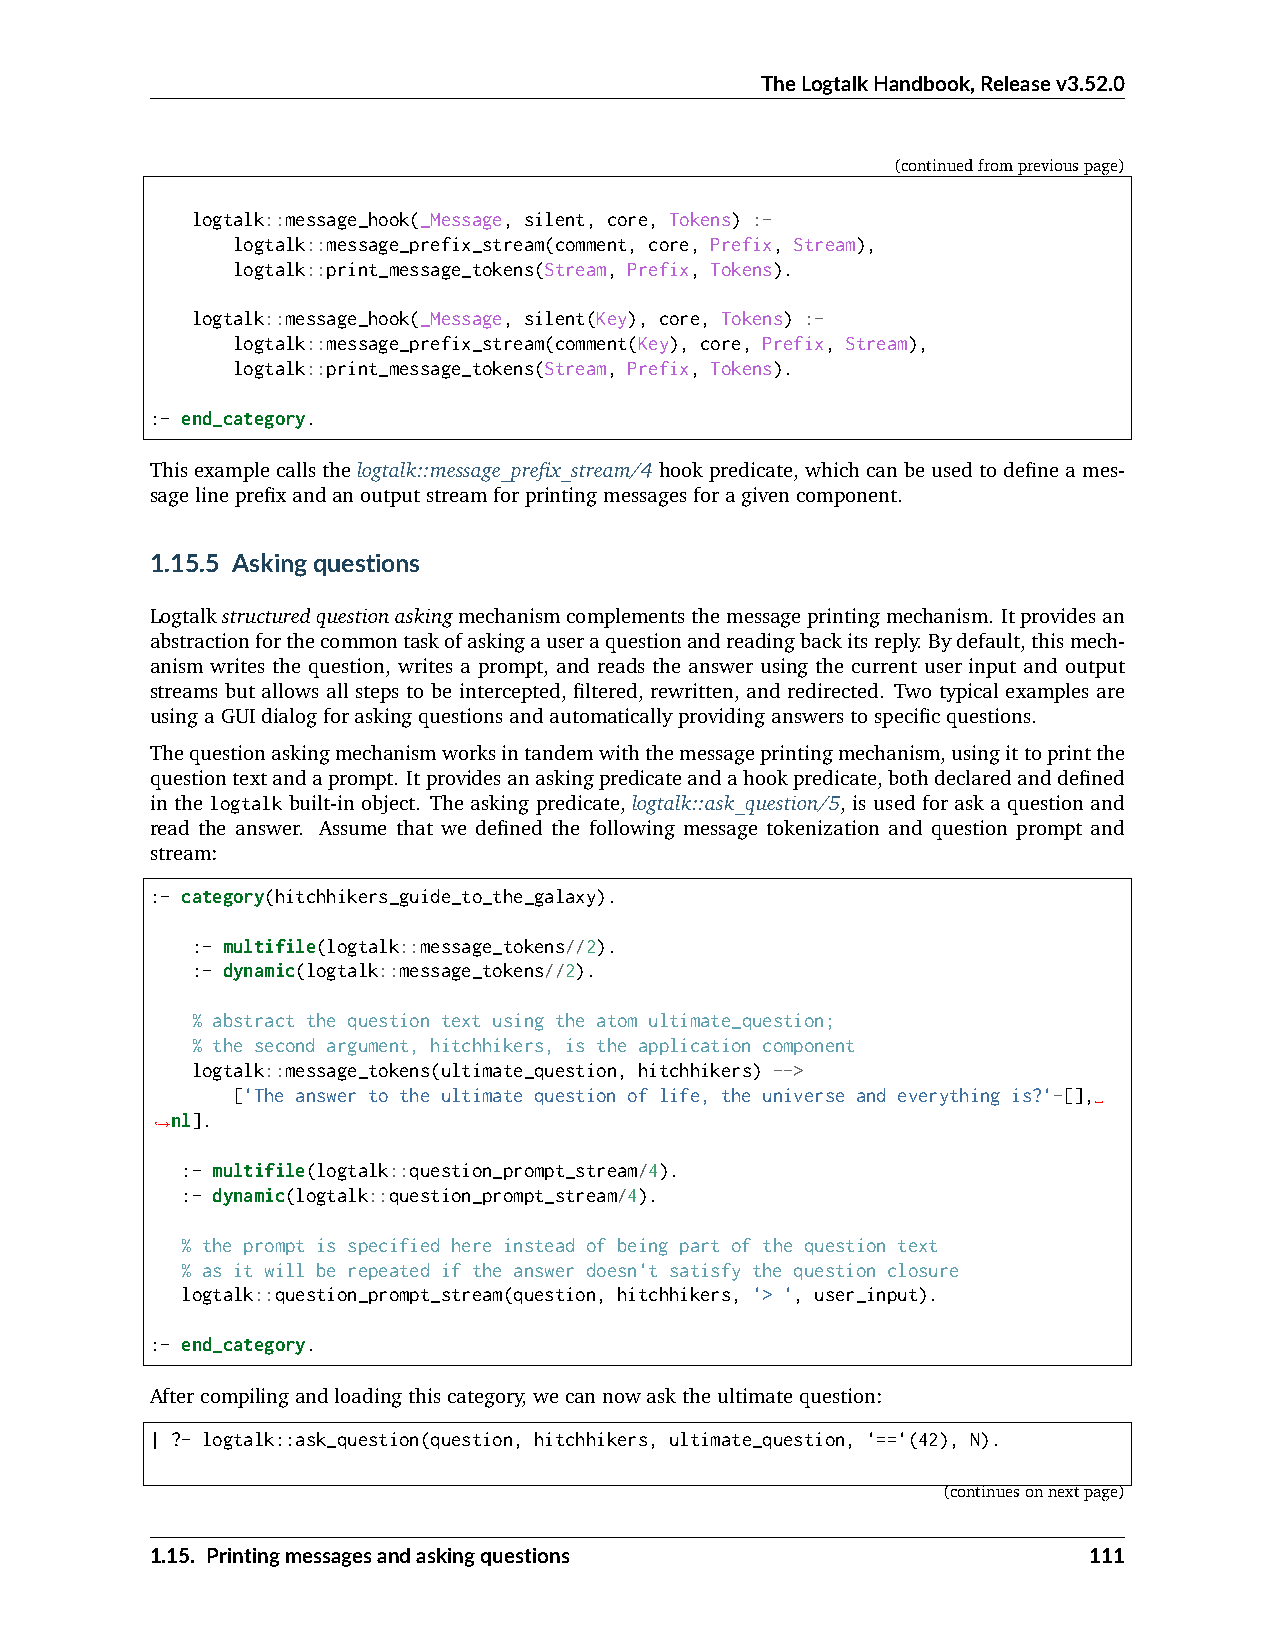
TheLogtalkHandbook,Releasev3.52.0
 (continuedfrompreviouspage)
 logtalk::message_hook(_Message, silent, core, Tokens) :-
 logtalk::message_prefix_stream(comment, core, Prefix, Stream),
 logtalk::print_message_tokens(Stream, Prefix, Tokens).
 logtalk::message_hook(_Message, silent(Key), core, Tokens) :-
 logtalk::message_prefix_stream(comment(Key), core, Prefix, Stream),
 logtalk::print_message_tokens(Stream, Prefix, Tokens).
 :- end_category.
 Thisexamplecallsthelogtalk::message_prefix_stream/4hookpredicate,whichcanbeusedtodefineames-
 sagelineprefixandanoutputstreamforprintingmessagesforagivencomponent.
 1.15.5 Askingquestions
 Logtalkstructuredquestionaskingmechanismcomplementsthemessageprintingmechanism. Itprovidesan
 abstractionforthecommontaskofaskingauseraquestionandreadingbackitsreply. Bydefault,thismech-
 anism writes the question, writes a prompt, and reads the answer using the current user input and output
 streams but allows all steps to be intercepted, filtered, rewritten, and redirected. Two typical examples are
 usingaGUIdialogforaskingquestionsandautomaticallyprovidinganswerstospecificquestions.
 Thequestionaskingmechanismworksintandemwiththemessageprintingmechanism,usingittoprintthe
 questiontextandaprompt. Itprovidesanaskingpredicateandahookpredicate,bothdeclaredanddefined
 in the logtalk built-in object. The asking predicate, logtalk::ask_question/5, is used for ask a question and
 read the answer. Assume that we defined the following message tokenization and question prompt and
 stream:
 :- category(hitchhikers_guide_to_the_galaxy).
 :- multifile(logtalk::message_tokens//2).
 :- dynamic(logtalk::message_tokens//2).
 % abstract the question text using the atom ultimate_question;
 % the second argument, hitchhikers, is the application component
 logtalk::message_tokens(ultimate_question, hitchhikers) -->
 ['The answer to the ultimate question of life, the universe and everything is?'-[],␣
 nl].
 ˓→
 :- multifile(logtalk::question_prompt_stream/4).
 :- dynamic(logtalk::question_prompt_stream/4).
 % the prompt is specified here instead of being part of the question text
 % as it will be repeated if the answer doesn't satisfy the question closure
 logtalk::question_prompt_stream(question, hitchhikers, '> ', user_input).
 :- end_category.
 Aftercompilingandloadingthiscategory,wecannowasktheultimatequestion:
 | ?- logtalk::ask_question(question, hitchhikers, ultimate_question, '=='(42), N).
 (continuesonnextpage)
 1.15. Printingmessagesandaskingquestions                      111